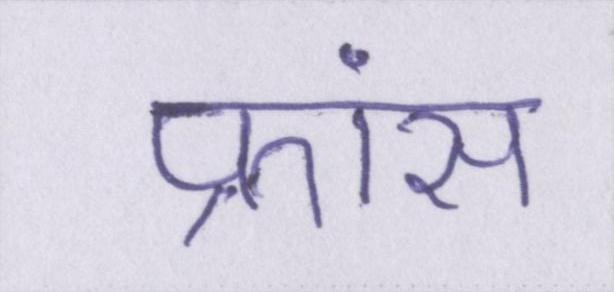
फ्रांस